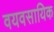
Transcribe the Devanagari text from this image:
वयवसायिक